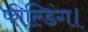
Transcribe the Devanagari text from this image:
फील्डिंग।